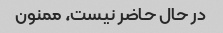
در حال حاضر نیست، ممنون